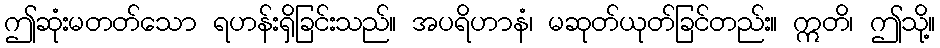
ဤဆုံးမတတ်သော ရဟန်းရှိခြင်းသည်။ အပရိဟာနံ၊ မဆုတ်ယုတ်ခြင်တည်း။ ဣတိ၊ ဤသို့။